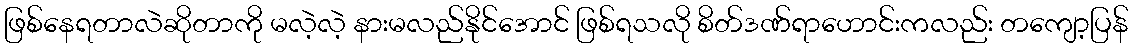
ဖြစ်နေရတာလဲဆိုတာကို မလဲ့လဲ့ နားမလည်နိုင်အောင် ဖြစ်ရသလို စိတ်ဒဏ်ရာဟောင်းကလည်း တကျော့ပြန်